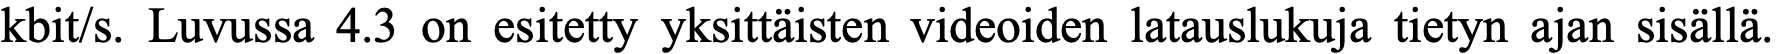
kbit/s. Luvussa 4.3 on esitetty yksittäisten videoiden latauslukuja tietyn ajan sisällä.